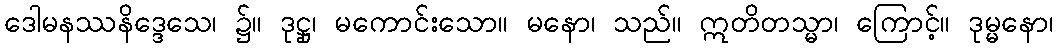
ဒေါမနဿနိဒ္ဒေသေ၊ ၌။ ဒုဋ္ဌု၊ မကောင်းသော။ မနော၊ သည်။ ဣတိတသ္မာ၊ ကြောင့်။ ဒုမ္မနော၊